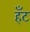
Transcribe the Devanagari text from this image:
हँट